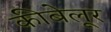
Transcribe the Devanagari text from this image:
कीबेलूर